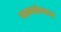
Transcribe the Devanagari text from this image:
काव्यांवरून